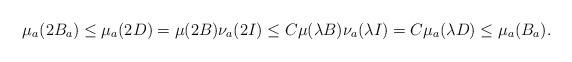
LaTeX: \begin{align*} \mu_a(2B_a) \leq \mu_a(2D) = \mu(2B)\nu_a(2I)\leq C \mu(\lambda B)\nu_a(\lambda I) = C\mu_a(\lambda D)\leq \mu_a(B_a).\end{align*}